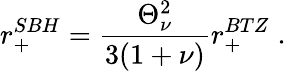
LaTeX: r_{+}^{SBH}=\frac{\Theta_{\nu}^{2}}{3(1+\nu)}r_{+}^{BTZ}\; .